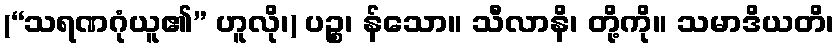
(“သရဏဂုံယူ၏” ဟူလို၊) ပဉ္စ၊ န်သော။ သီလာနိ၊ တို့ကို။ သမာဒိယတိ၊